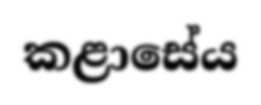
කළාසේය